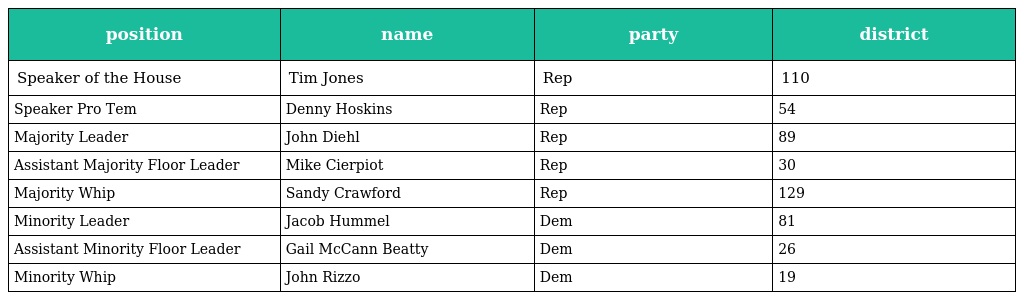
| position | name | party | district |
 | --- | --- | --- | --- |
 | Speaker of the House | Tim Jones | Rep | 110 |
 | Speaker Pro Tem | Denny Hoskins | Rep | 54 |
 | Majority Leader | John Diehl | Rep | 89 |
 | Assistant Majority Floor Leader | Mike Cierpiot | Rep | 30 |
 | Majority Whip | Sandy Crawford | Rep | 129 |
 | Minority Leader | Jacob Hummel | Dem | 81 |
 | Assistant Minority Floor Leader | Gail McCann Beatty | Dem | 26 |
 | Minority Whip | John Rizzo | Dem | 19 |